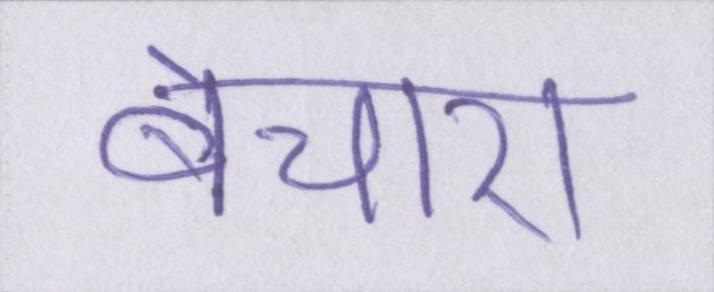
बेचारा